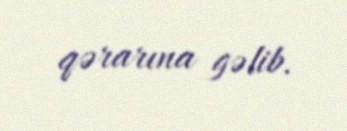
qərarına gəlib.